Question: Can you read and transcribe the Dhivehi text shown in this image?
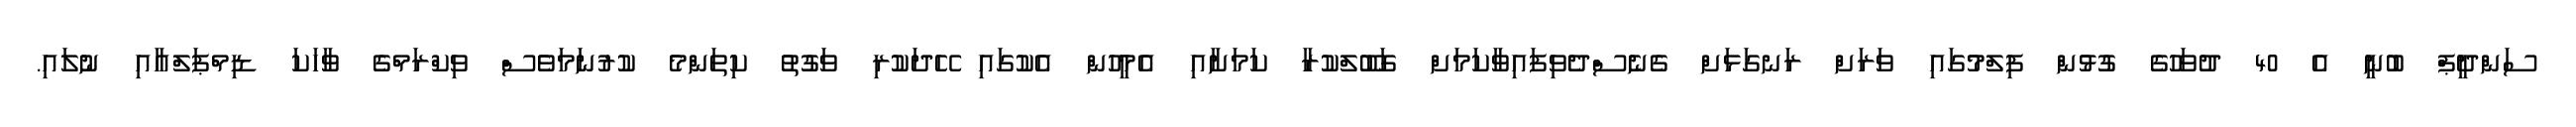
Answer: ސަންދީޕް ބުނީ އެ 40 ދުވަހުގެ ގުޅުން ފިލްމުގައި ވަރަށް ރަނގަޅަށް ގެނެސްދެވިފައިވާކަމަށް ގަބޫލްކުރާ ކަމަށާއި އެމީހުން އެކުގައި ހޭދަކުރި ވަގުތު ކިތަންމެ ކުރުނަމަވެސް ވިކްރަމްގެ ވާހަކަ ޑިމްޕަލްއާއި ނުލައި.